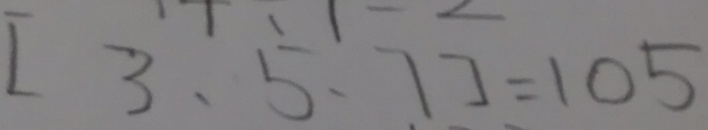
[ 3 , 5 , 7 ] = 1 0 5